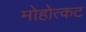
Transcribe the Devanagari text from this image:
मोहोत्कट